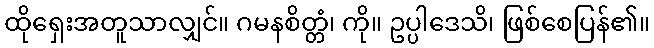
ထိုရှေးအတူသာလျှင်။ ဂမနစိတ္တံ၊ ကို။ ဥပ္ပါဒေသိ၊ ဖြစ်စေပြန်၏။